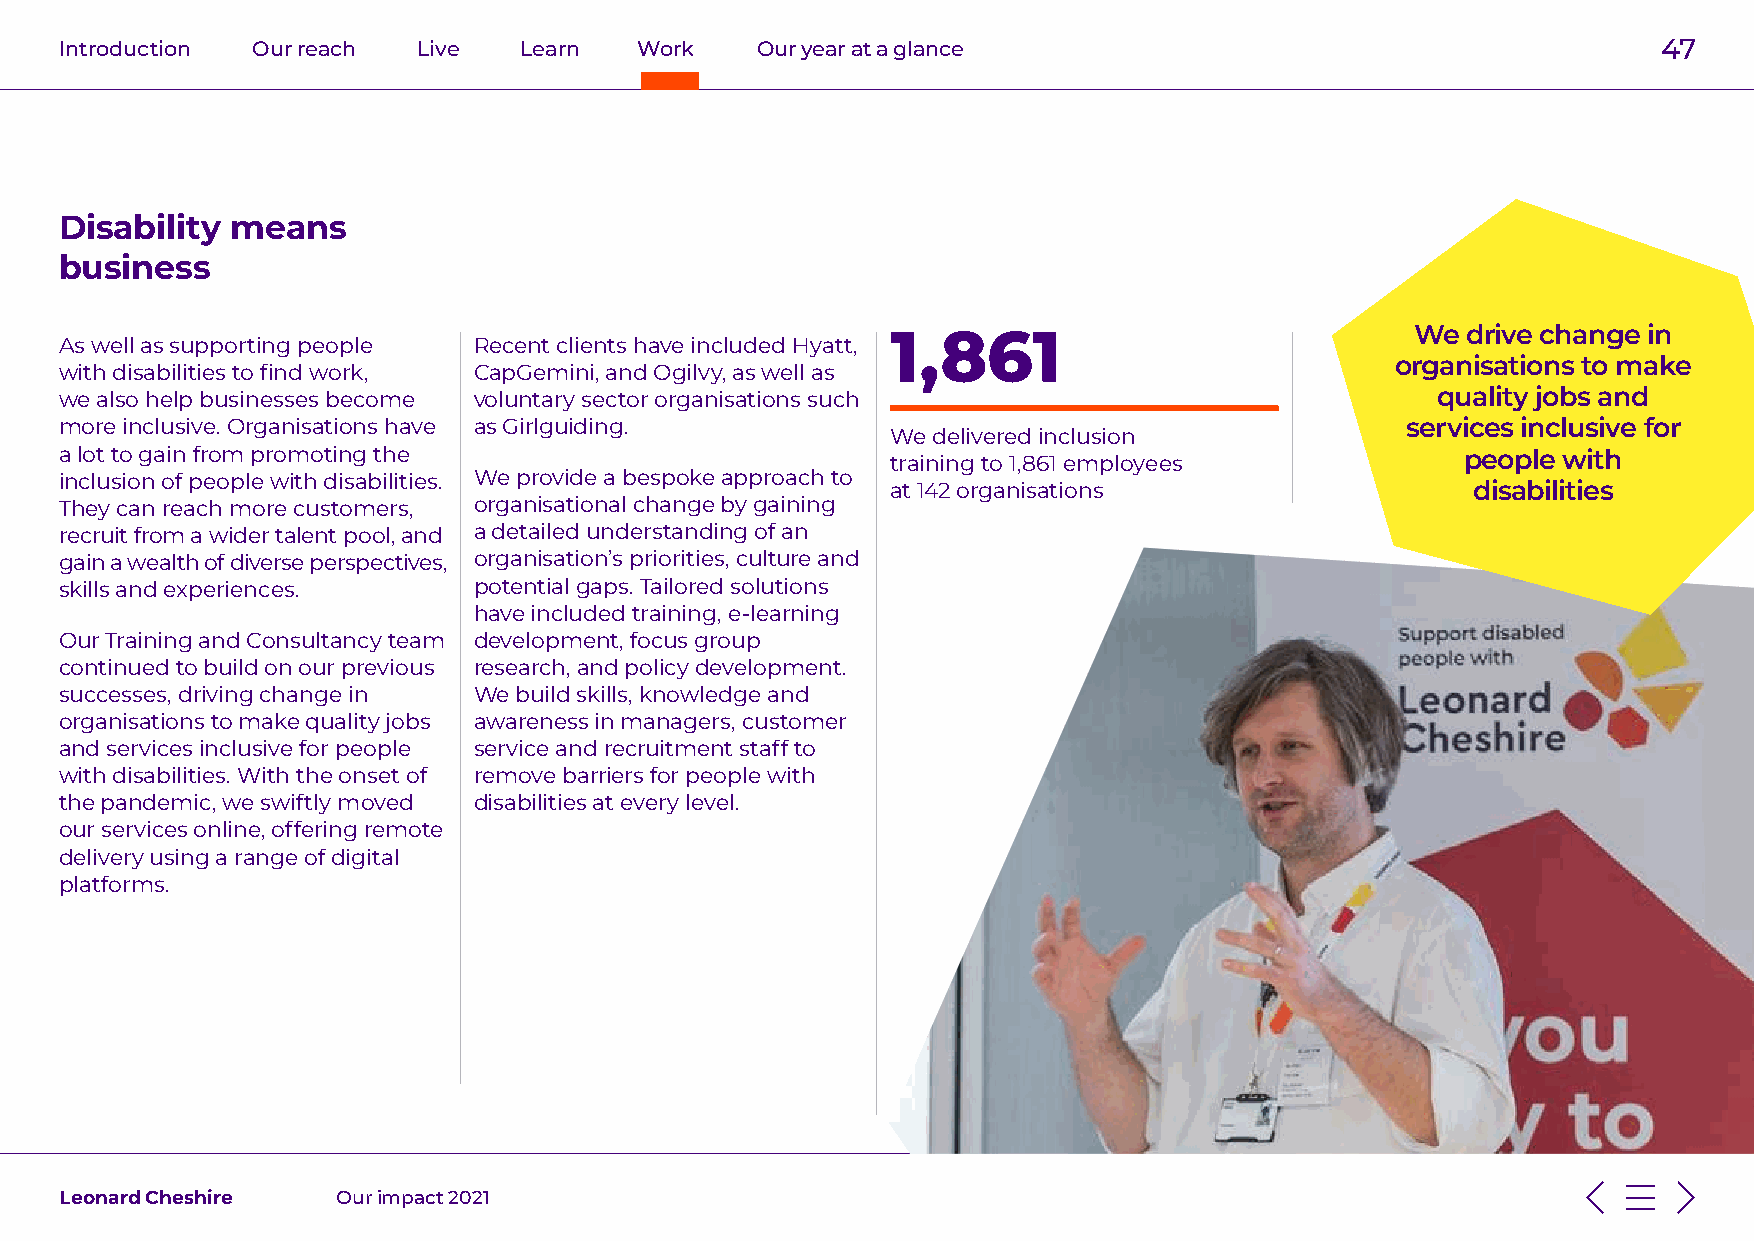
Introduction Our reach  Live  Learn   Work    Our year at a glance                                        47
 Disability means
 business
 1,861                              We drive change in
 As well as supporting people Recent clients have included Hyatt,
 organisations to make
 with disabilities to find work, CapGemini, and Ogilvy, as well as
 we also help businesses become voluntary sector organisations such                         quality jobs and
 more inclusive. Organisations have as Girlguiding.                                       services inclusive for
 We delivered inclusion
 a lot to gain from promoting the                       training to 1,861 employees           people with
 inclusion of people with disabilities. We provide a bespoke approach to
 at 142 organisations                   disabilities
 They can reach more customers, organisational change by gaining
 recruit from a wider talent pool, and a detailed understanding of an
 gain a wealth of diverse perspectives, organisation’s priorities, culture and
 skills and experiences.    potential gaps. Tailored solutions
 have included training, e-learning
 Our Training and Consultancy team development, focus group
 continued to build on our previous research, and policy development.
 successes, driving change in We build skills, knowledge and
 organisations to make quality jobs awareness in managers, customer
 and services inclusive for people service and recruitment staff to
 with disabilities. With the onset of remove barriers for people with
 the pandemic, we swiftly moved disabilities at every level.
 our services online, offering remote
 delivery using a range of digital
 platforms.
 Leonard Cheshire  Our impact 2021